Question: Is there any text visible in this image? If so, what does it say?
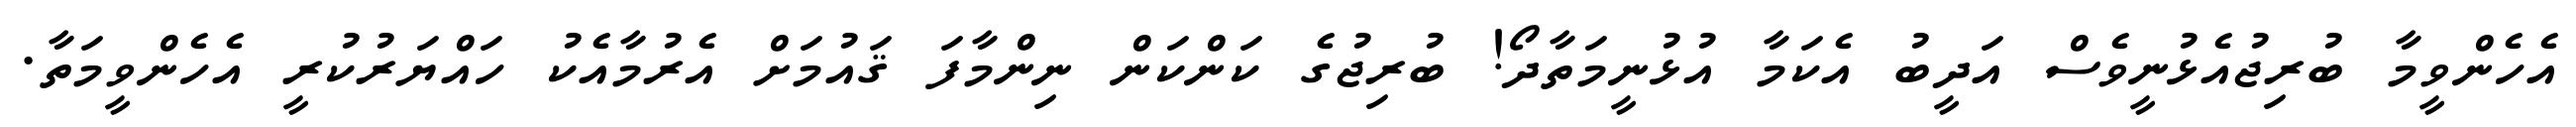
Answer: އެހެންވީމާ ބުރިޖުއެޅުނީވެސް އަދީބު އެކަމާ އުޅުނީމަތާދޯ! ބުރިޖުގެ ކަންކަން ނިންމާފަ ޤައުމަށް އެރުމާއެކު ހައްޔަރުކުރީ އެހެންވީމަތާ.